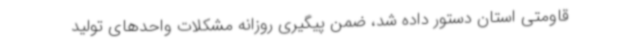
قاومتی استان دستور داده شد، ضمن پیگیری روزانه مشکلات واحدهای تولید